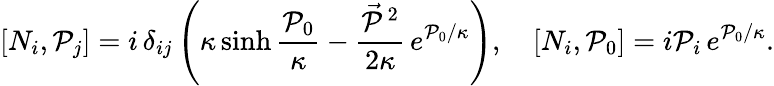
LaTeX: [N_{i},{\cal P}_{j}]=i\, \delta_{ij}\left(\kappa\sinh\frac{{\cal P}_{0}}\kappa-\frac{\vec{{\cal P}}\, {}^{2}}{2\kappa}\, e^{{\cal P}_{0}/\kappa}\right),\quad[N_{i},{\cal P}_{0}]=i{\cal P}_{i}\, e^{{\cal P}_{0}/\kappa}.